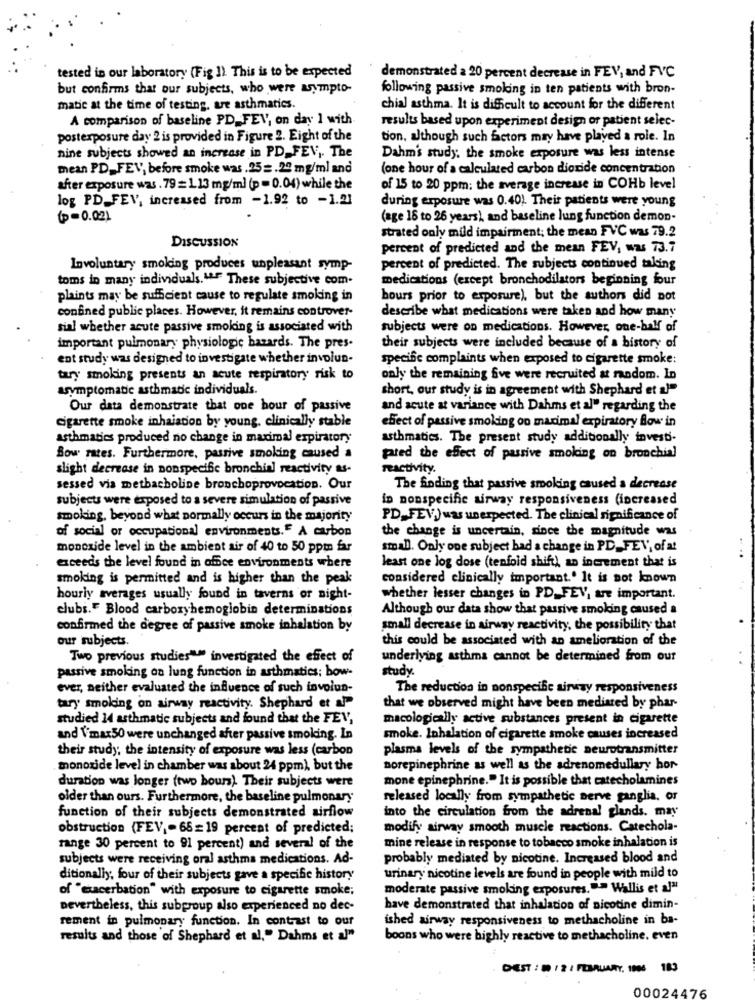
tested in our laboratory (Fig 1) This is to be expected
demonstrated a 20 percent decrease in FEV, and FVC
but confirms that our subjects, who were asympto-
following passive smoking in ten patients with bron-
matic at the time of testing, are asthmatics.
chial asthma. It is difficult to account for the different
A comparison of baseline PD_ FEV, on day 1 with
results based upon experiment design or patient selec-
postexposure day 2 is provided in Figure 2. Eight of the
tion. although such factors may have played a role. In
nine subjects showed an increase in PD FEV, The
Dahm's study. the smoke exposure was less intense
mean PD_ FEV, before smoke was .25= . 20 mg/ml and
(one hour of a calculated carbon dioxide concentration
after exposure was . 79 = 1. 13 mg/ml (p = 0.04) while the
of 15 to 20 ppm; the average increase in COHb level
log PD_ FEV, increased from -1.92 to -1.21
during exposure was 0.40). Their patients were young
(p=0.02)
(age 18 to 26 years), and baseline lung function demon-
strated only mild impairment; the mean FVC was 79.2
DISCUSSION
percent of predicted and the mean FEV, was 73.7
Involuntary smoking produces unpleasant symp-
percent of predicted. The subjects continued taking
toms in many individuals. IF These subjective com.
medications (except bronchodilators beginning four
plaints may be sufficient cause to regulate smoking in
hours prior to exposure), but the authors did not
confined public places. However, it remains controver-
describe what medications were taken and how many
sial whether acute passive smoking is associated with
subjects were on medications. However, one-half of
important pulmonary physiologic hazards. The pres.
their subjects were included because of a history of
ent study was designed to investigate whether involun-
specific complaints when exposed to cigarette smoke:
tary smoking presents an acute respiratory risk to
only the remaining five were recruited at random. In
asymptomatic asthmatic individuals.
short, our study is in agreement with Shephard et )"
Our data demonstrate that one hour of passive
and acute at variance with Dahms et al" regarding the
Cigarette smoke inhalation by young, clinically stable
effect of passive smoking on marimal expiratory flow in
asthmatics produced no change in maximal expiratory
asthmatics. The present study additionally investi-
Bow rates. Furthermore, passive smoking caused a
pared the effect of passive smoking on bronchial
slight decrease in nonspecific bronchial reactivity as-
reactivity.
sessed via metbacholine bronchoprovocation. Our
The finding that passive smoking caused a decrease
subjects were exposed to a severe simulation of passive
in nonspecific airway responsiveness (increased
smoking, beyond what normally occurs in the majority
PD_ FEV.) was unexpected. The clinical significance of
the change is uncertain, since the magnitude was
of social or occupational environments.E A carbon
monoxide level in the ambient air of 40 to 50 ppm far
small. Only one subject bad a change in PD, FEV, of a!
exceeds the level found in office environments where
least one log dose (tenfold shift) an increment that is
smoking is permitted and is higher than the peak
considered clinically important .. It is not known
hourly averages usually found in taverns or night-
whether lesser changes in PD_ FEV, are important.
clubs.F Blood carboxyhemoglobin determinations
Although our data show that passive smoking caused a
confirmed the degree of passive smoke inhalation by
small decrease in airway reactivity, the possibility that
our subjects.
this could be associated with an amelioration of the
Two previous studies"" investigated the effect of
underlying asthma cannot be determined from our
study.
passive smoking on lung function in asthmatics; bow-
ever, neither evaluated the influence of such involun-
The reduction in nonspecific airway responsiveness
tary smoking on airway reactivity. Shephard et al
that we observed might have been mediated by phar-
studied 14 asthmatic subjects and found that the FEV,
macologically active substances present in cigarette
and Vmax50 were unchanged after passive smoking. In
smoke. Inhalation of cigarette smoke causes increased
their study; the intensity of exposure was less (carbon
plasma levels of the sympathetic neurotransmitter
monoxide level in chamber was about 24 ppm), but the
norepinephrine as well as the adrenomedullary hor
duration was longer (two hours). Their subjects were
mone epinephrine." It is possible that catecholamines
older than ours. Furthermore, the baseline pulmonary
released locally from sympathetic nerve ganglia, or
function of their subjects demonstrated airflow
into the circulation from the adrenal glands. may
obstruction (FEV ,- 66=19 percent of predicted;
modify airway smooth muscle reactions. Catechola-
mine release in response to tobacco smoke inhalation is
range 30 percent to 91 percent) and several of the
subjects were receiving oral asthma medications. Ad-
probably mediated by nicotine. Increased blood and
ditionally, four of their subjects gave a specific history
urinary nicotine levels are found in people with mild to
of "exacerbation" with exposure to cigarette smoke;
moderate passive smoking exposures.""> Wallis et aja
nevertheless, this subgroup also experienced no dec-
have demonstrated that inhalation of nicotine dimin-
rement in pulmonary function. In contrast to our
ished airway responsiveness to methacholine in ba-
results and those of Shephard et al," Dahms et al"
boons who were highly reactive to methacholine. even
DEST : 00 / 2 / FEBRUARY. 1006 183
00024476